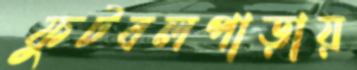
ফুটবলপাড়ায়